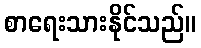
စာရေးသားနိုင်သည်။